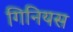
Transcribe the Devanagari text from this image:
गिनियस